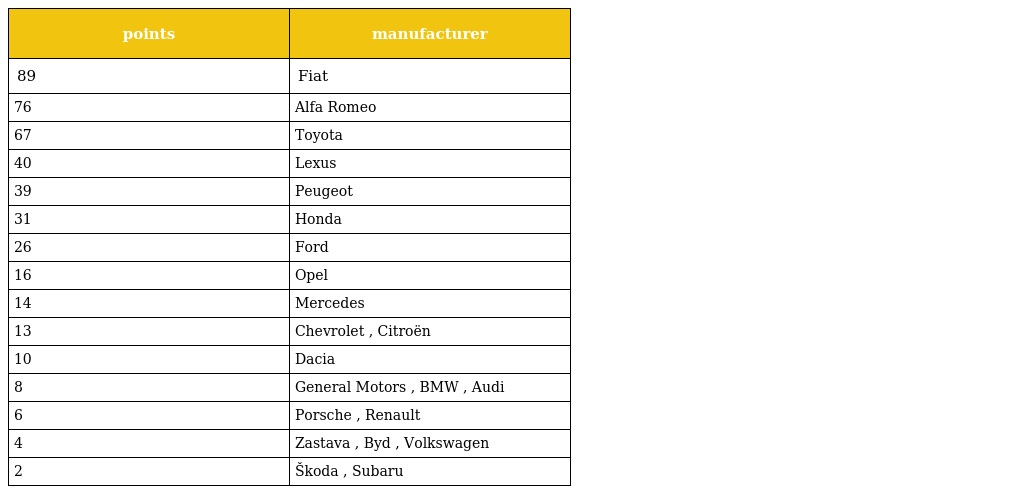
| points | manufacturer |
 | --- | --- |
 | 89 | Fiat |
 | 76 | Alfa Romeo |
 | 67 | Toyota |
 | 40 | Lexus |
 | 39 | Peugeot |
 | 31 | Honda |
 | 26 | Ford |
 | 16 | Opel |
 | 14 | Mercedes |
 | 13 | Chevrolet , Citroën |
 | 10 | Dacia |
 | 8 | General Motors , BMW , Audi |
 | 6 | Porsche , Renault |
 | 4 | Zastava , Byd , Volkswagen |
 | 2 | Škoda , Subaru |